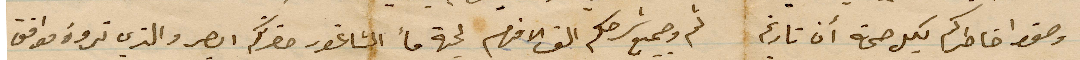
وصفوا خاطركم بكل صحة ان تاريخ ثم وجميع شرحكم الف افندم لجهة ما الشاغور حضرتكم ابصر والذي تروه موافق